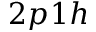
2 p 1 h